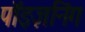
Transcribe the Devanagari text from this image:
पॉइज़निंग